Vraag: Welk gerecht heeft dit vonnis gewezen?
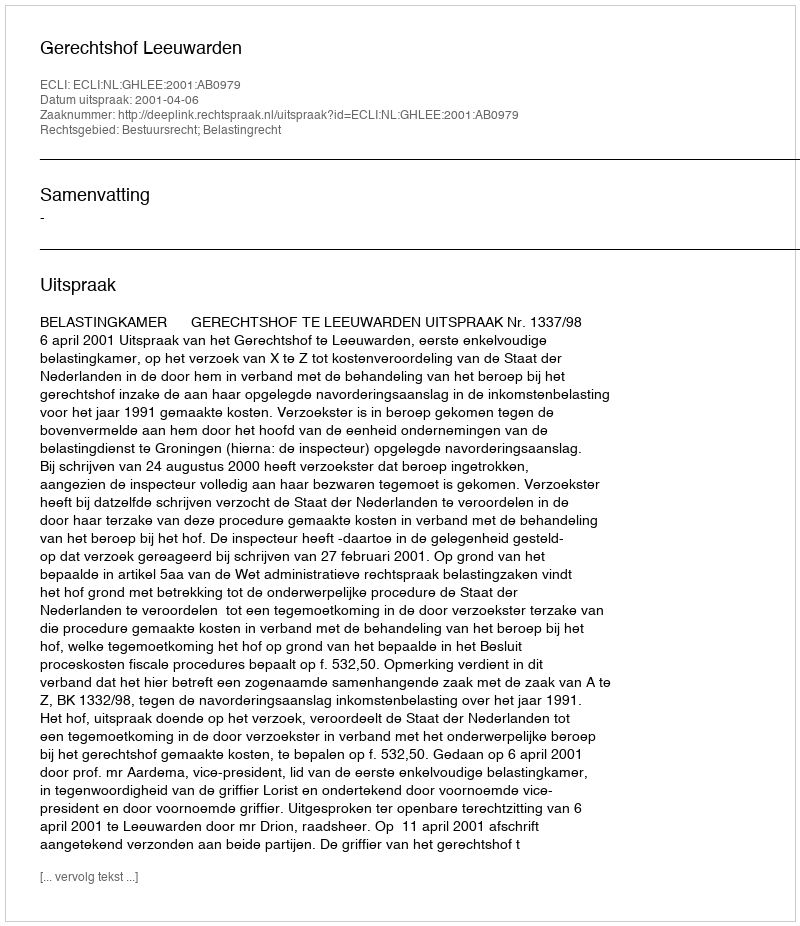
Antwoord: Gerechtshof Leeuwarden